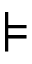
\models